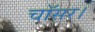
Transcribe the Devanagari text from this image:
चॉसर।